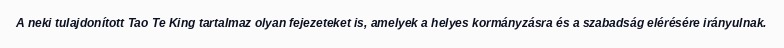
A neki tulajdonított Tao Te King tartalmaz olyan fejezeteket is, amelyek a helyes kormányzásra és a szabadság elérésére irányulnak.